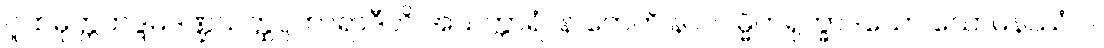
ဂူထမုတ္တကဒ္ဒမဒဏ္ဍသတ္ထပ္ပဟာရာဒီဟိ အသက္ကာရံ။ န တေဟိ နာဂဝမ္မိကရုက္ခာဒယော သောမနဿံ ဝါ